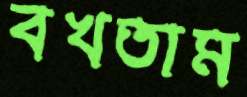
বখতাম